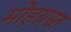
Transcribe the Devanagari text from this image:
मोहग्रस्त